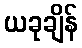
ယခုချိန်